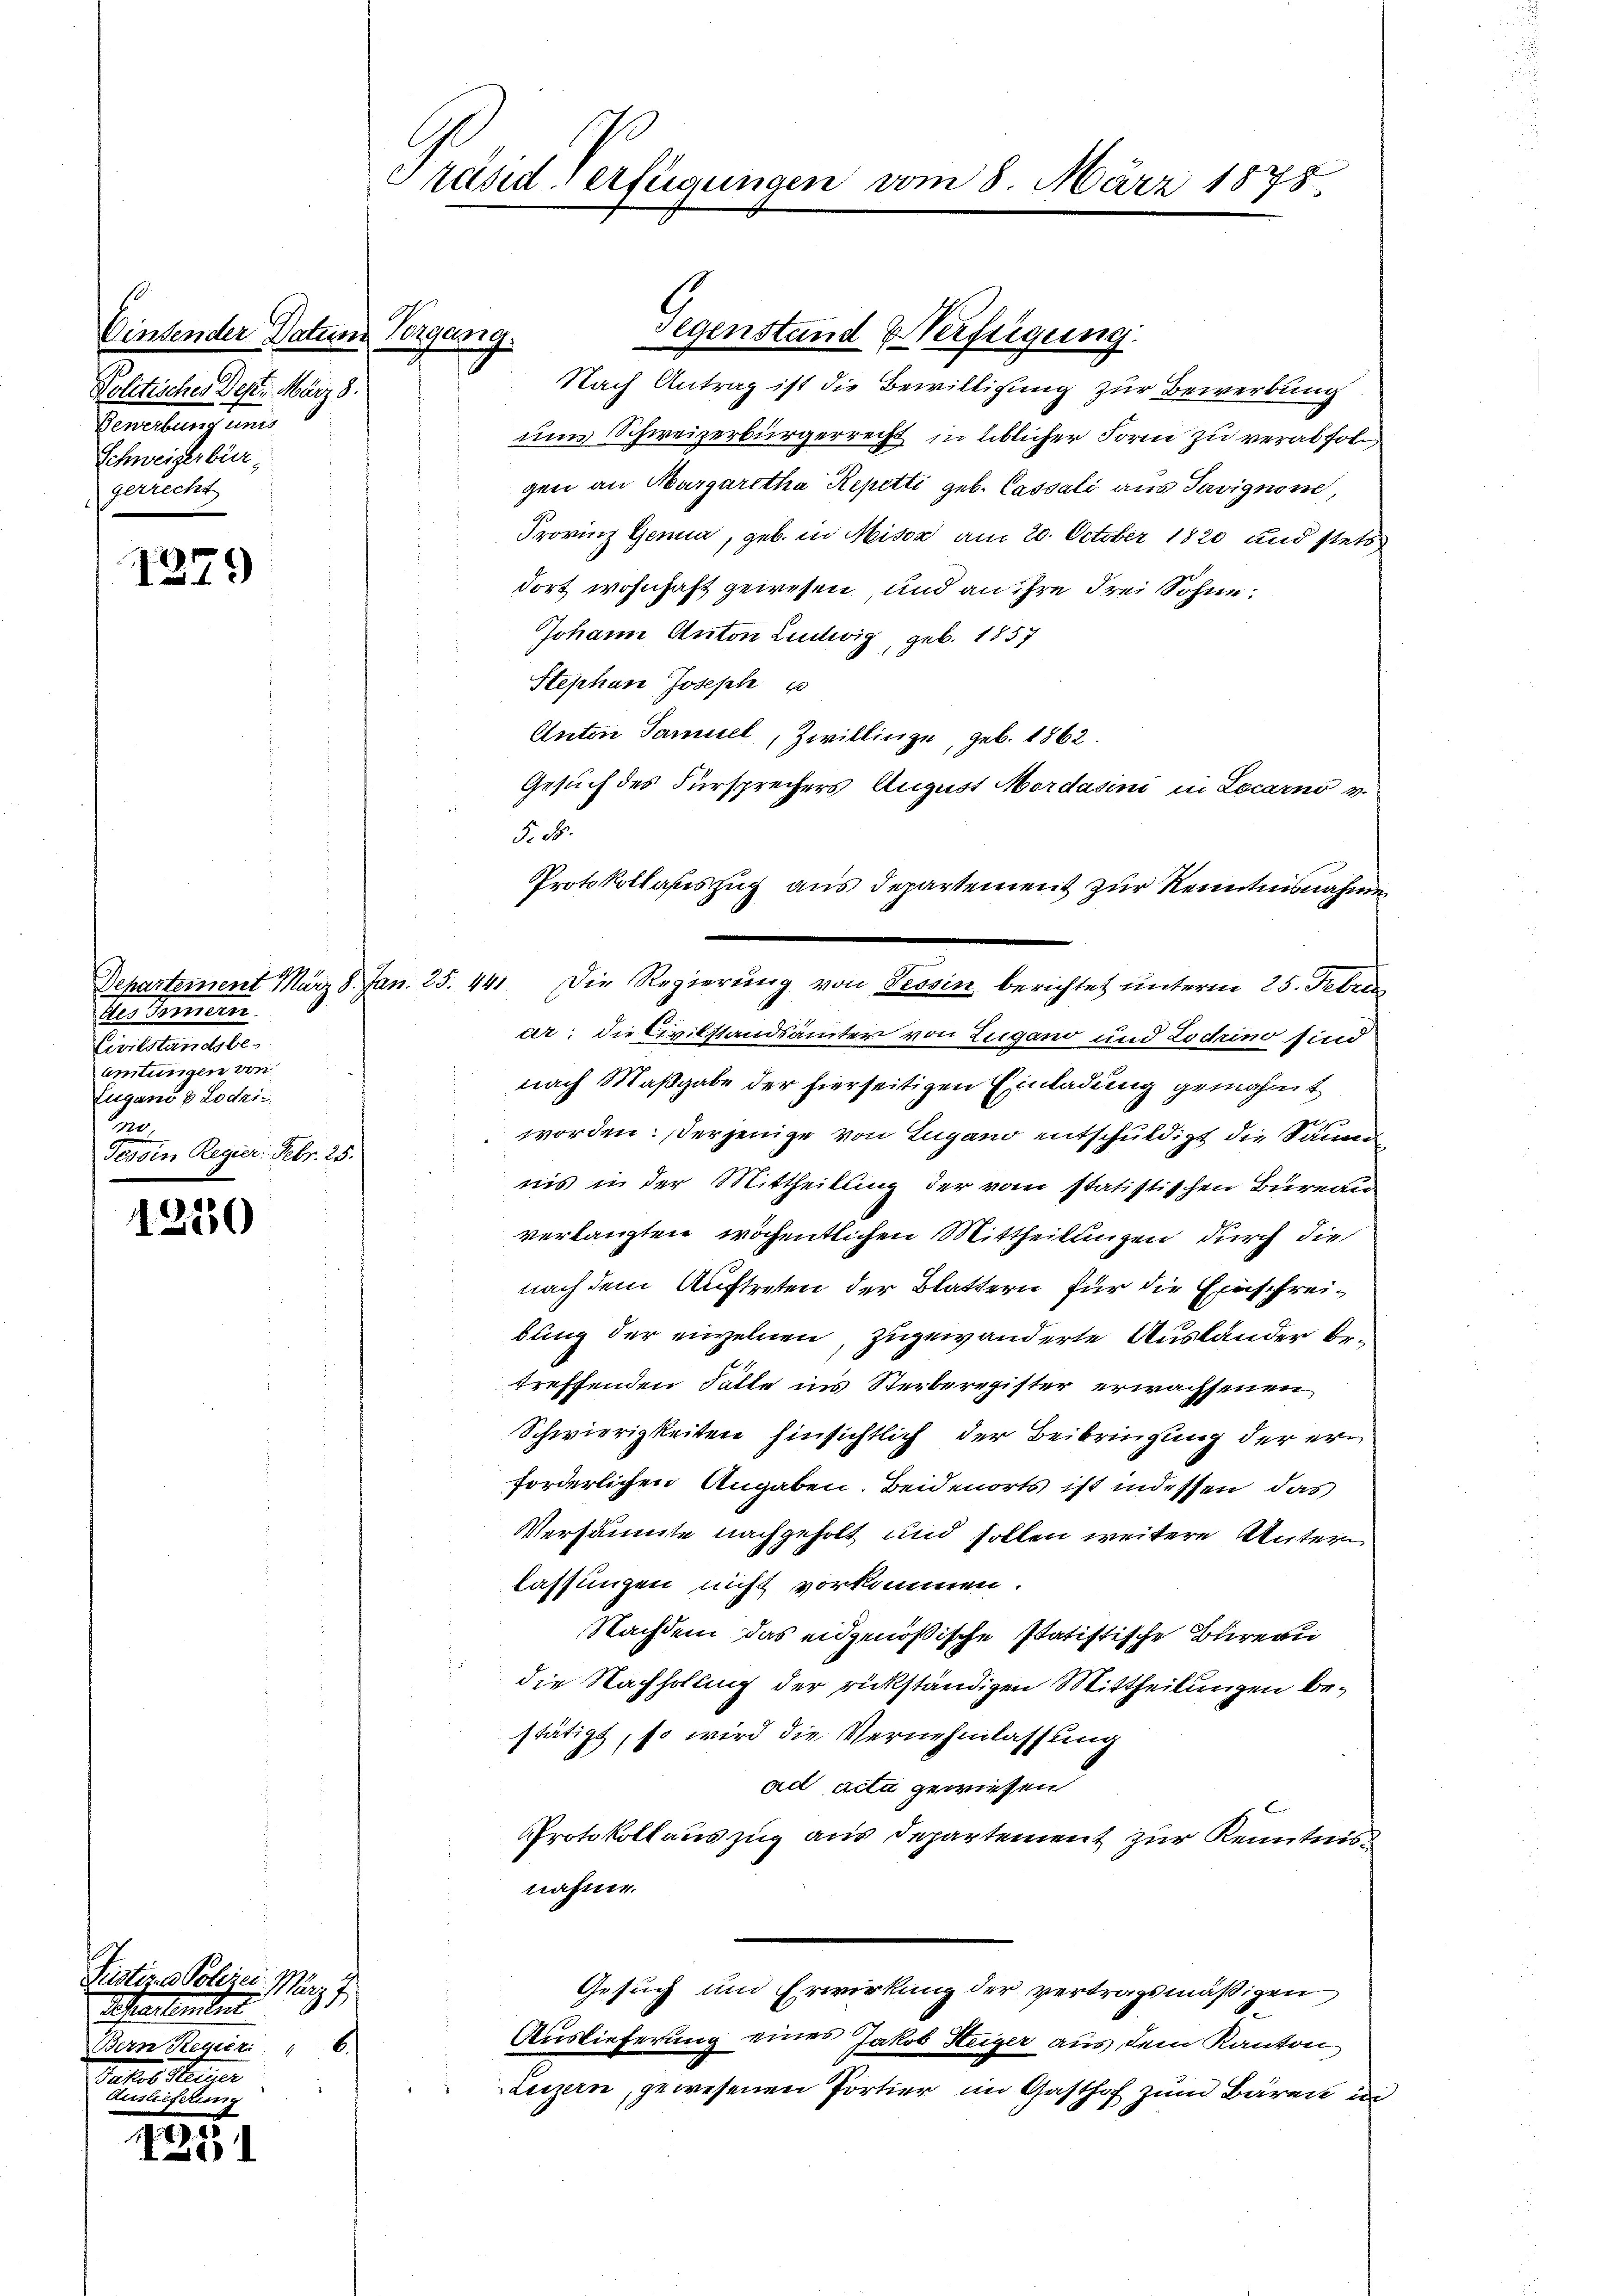
Dintender Datum
Politisches Dest. März 8.
Senate Janis
Schweizerbür
gerrecht

1279)

Departement März 8. Jan.
des Momen
Vinstandele,
amtungen von
Eugano v Lodri¬
.
Tessin Regier. Febr. 25.

1250

15
L

Pristirer Polizei März 1
Aheartement
Bern Regier: " 6.
Tetto de
Auslieferung

Präsiderfügungen vom 8. März 1878

ang.

No. 4

Nach Antrag ist die Bewilligung zur Bewerkung
ums Schweizerbürgerrecht in üblicher Form zu verabfolgen an Margaretha Repetti geb. Cassali aus Savignone,
Provinz Genia, geb. in Miser am 20. October 1820 und stets
dort wohnhaft gewesen, und an ihre drei Sohne
Johann Anton Ludwig, geb. 1857
Stephan Joseph u
Anton Samuel, Zwillinge, geb. 1862.
Gesuch des Fürsprechers August Mordasin in Locarno v.
§. 2.
Protokollauszug aus Departement zur Kenntnisnahme
41. Die Regierung von Tessin berichtet unterm 25. Febru
ar; die Civilstandsämter von Zugano und Lodino sind
nach Maßgabe der hierseitigen Einladung gemahnt
t
g
worden: derjenige von Lugano entschuldigt die Saum
nis in der Mittheilung der vom statistischen Bureau
verlangten wöchentlichen Mittheilungen durch die
nach dem Auftreten der Blattern für die Einschreibung der einzelnen, zugewänderte Auslander betreffenden Fälle ins Sterberegister erwachsenen
Schwierigkeiten hinsichtlich der Beibringung der erforderlichen Angaben. Beidenorts ist indessen das
Versäumte nachgeholt und sollen weitere Untern
lassungen nicht vorkommen.
Nachdem das eidgenößische statistische Bureau
die Nachholung der rükständigen Mittheilungen bestätigt, so wird die Vernehmlassung
ad acta gewiesen
Protokollauszug aus Departement zur Kenntnis
nahmen.
Gesuch und Erwirkung der vertragsmäßigen
Auslieferung eines Jakob Heger aus dem Kanton
Luzern, gewesenen Portier im Gasthof zum Bären wi

Gegenstand & Verfügung.